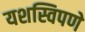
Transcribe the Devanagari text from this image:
यशस्विपणे